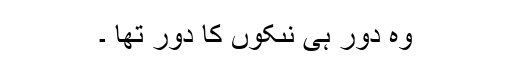
وہ دور ہى نىکوں کا دور تھا ۔